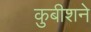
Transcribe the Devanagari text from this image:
कुबीशने